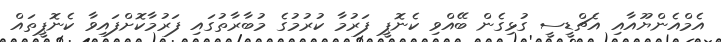
އެމްއެންޔޫއާއި އެޗްޑީސީ ގުޅިގެން ބޭއްވި ކެނޮޕީ ފަރުމާ ކުރުމުގެ މުބާރާތުގައި ފަރުމާކޮށްފައިވާ ކެނޮޕީތައް